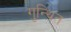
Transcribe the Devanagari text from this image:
गुन्थित